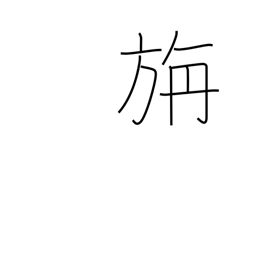
Meaning: woollen cloth